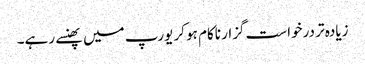
زیادہ تر درخواست گزار ناکام ہو کر یورپ میں پھنسے رہے۔